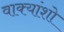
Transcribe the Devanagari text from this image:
वाक्यांशो